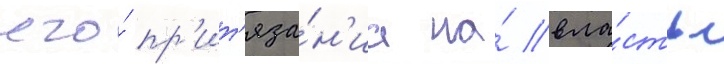
его́ пр'ит'яза́н'иа на́ вла́сть